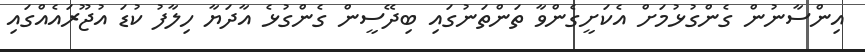
އިންސާނުން ގެންގުޅުމަށް އެކަށީގެންވާ ތަންތަނުގައި ބިދޭސީން ގެންގުޅެ އާދަޔާ ހިލާފު ކުޑަ އުޖޫރައެއްގައި